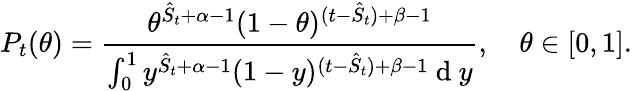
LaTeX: P_{t}(\theta)=\frac{\theta^{\hat{S}_{t}+\alpha-1}(1-\theta)^{(t-\hat{S}_{t})+\beta-1}}{\int_{0}^{1}y^{\hat{S}_{t}+\alpha-1}(1-y)^{(t-\hat{S}_{t})+\beta-1}\mathrm{~d~}y},\quad\theta\in[0,1].